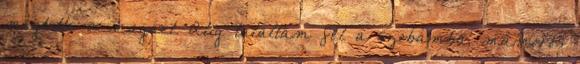
megtette a magáét. Alig találtam fel a szobámba, mámoros